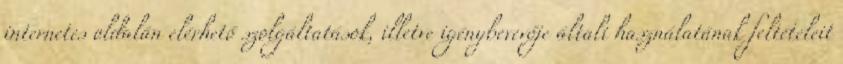
internetes oldalán elérhető szolgáltatások, illetve igénybevevője általi használatának feltételeit